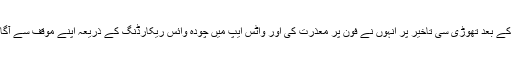
نماز کے بعد تھوڑی سی تاخیر پر انہوں نے فون پر معذرت کی اور واٹس ایپ میں چودہ وائس ریکارڈنگ کے ذریعہ اپنے موقف سے آگاہ کیا۔